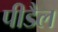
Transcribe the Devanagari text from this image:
पीडैल